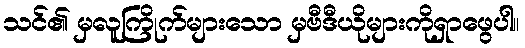
သင်၏ မှလူကြိုက်များသော မှဗီဒီယိုများကိုရှာဖွေပါ။